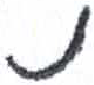
אות: נ